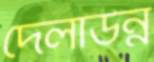
দেলাউন্ন